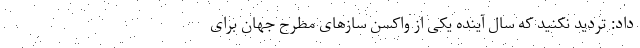
داد: تردید نکنید که سال آینده یکی از واکسن سازهای مطرح جهان برای